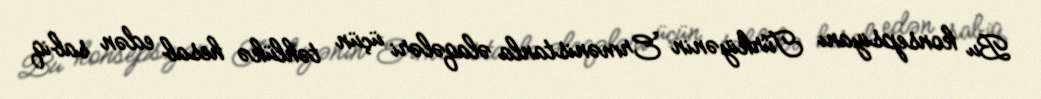
Bu konsepsiyanı Türkiyənin Ermənistanla əlaqələri üçün təhlükə hesab edən sabiq